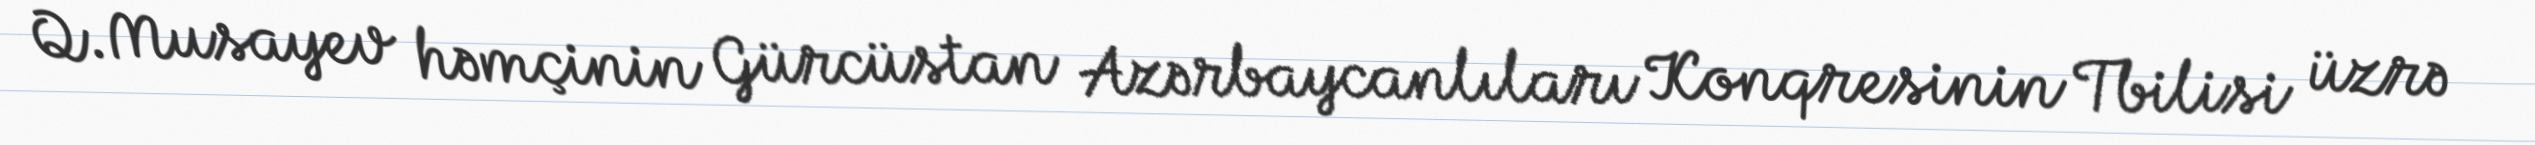
Q.Musayev həmçinin Gürcüstan Azərbaycanlıları Konqresinin Tbilisi üzrə